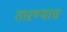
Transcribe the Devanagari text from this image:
तारण्याच